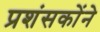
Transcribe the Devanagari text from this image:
प्रशंसकोंने